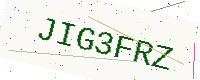
Text: JIG3FRZ